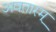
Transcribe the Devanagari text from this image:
अवतारम्